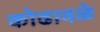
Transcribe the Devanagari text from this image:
कोढावळे